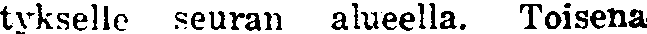
tykselle seuran alueella. Toisena